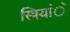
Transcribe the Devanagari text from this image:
स्त्रियांॅ